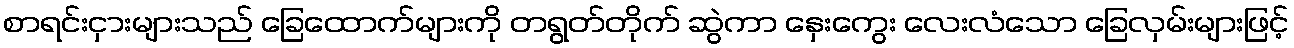
စာရင်းငှားများသည် ခြေထောက်များကို တရွတ်တိုက် ဆွဲကာ နှေးကွေး လေးလံသော ခြေလှမ်းများဖြင့်